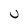
Character: u